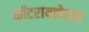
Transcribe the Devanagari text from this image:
कॉटरायझेशन